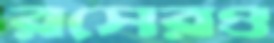
রসেরও